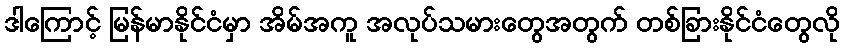
ဒါကြောင့် မြန်မာနိုင်ငံမှာ အိမ်အကူ အလုပ်သမားတွေအတွက် တစ်ခြားနိုင်ငံတွေလို